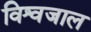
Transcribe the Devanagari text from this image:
विश्वजाल